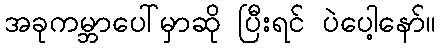
အခုကမ္ဘာပေါ်မှာဆို ပြီးရင် ပဲပေါ့နော်။